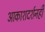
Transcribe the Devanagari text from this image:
आकाशदर्शनही